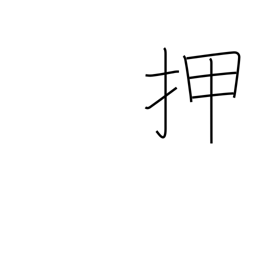
Meaning: shove